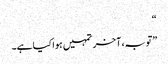
“
”توبہ، آخر تمہیں ہوا کیا ہے۔